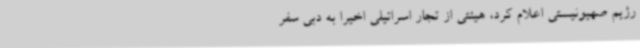
رژیم صهیونیستی اعلام کرد، هیئتی از تجار اسرائیلی اخیرا به دبی سفر